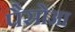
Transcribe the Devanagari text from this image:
पैसोआ